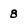
Character: 8